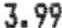
3.99